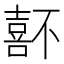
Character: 𡀆